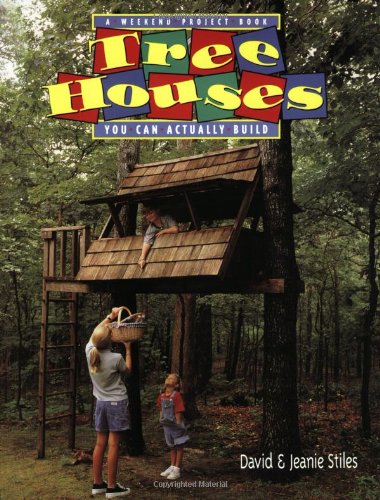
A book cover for Tree Houses You Can Actually Build: A Weekend Project Book (Weekend Project Book Series); Jeanie Trusty Stiles; Crafts, Hobbies & Home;